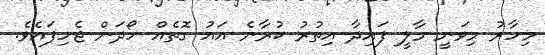
މިހާރު މިވަނީ މާލީ ފައިދާ އިތުރު ކުރާނެ އައު ގޮތެއް ހޯދަން ޖެހިފައެވެ.